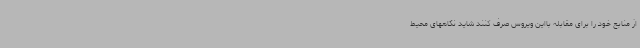
از منابع خود را برای مقابله بااین ویروس صرف کنند شاید نگاههای محیط